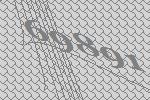
69891